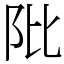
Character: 阰